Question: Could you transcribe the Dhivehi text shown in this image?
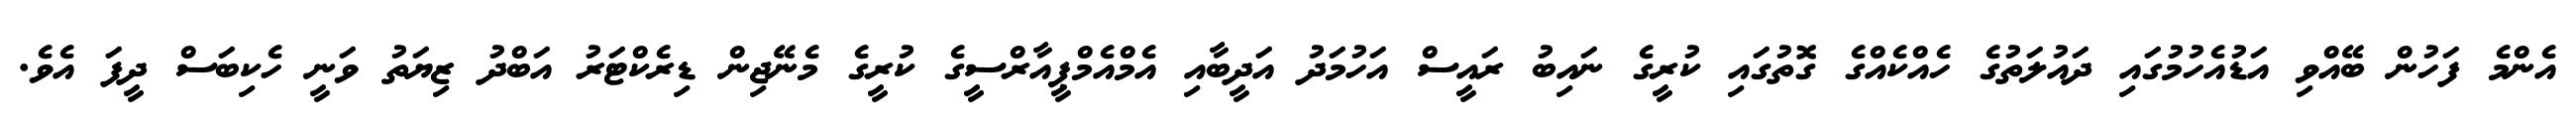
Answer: އެންމެ ފަހުން ބޭއްވި އަޑުއެހުމުގައި ދައުލަތުގެ ހެއްކެއްގެ ގޮތުގައި ކުރީގެ ނައިބު ރައީސް އަހުމަދު އަދީބާއި އެމްއެމްޕީއާރްސީގެ ކުރީގެ މެނޭޖިން ޑިރެކްޓަރު އަބްދު ޒިޔަތު ވަނީ ހެކިބަސް ދީފަ އެވެ.